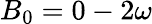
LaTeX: B_{0}=0-2\omega